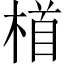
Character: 𪳂